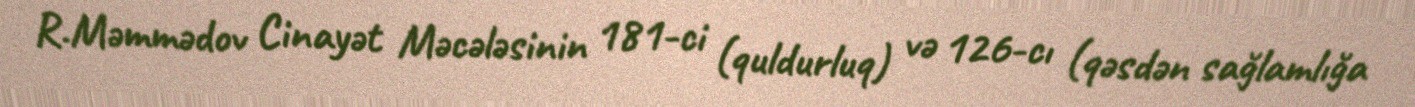
R.Məmmədov Cinayət Məcələsinin 181-ci (quldurluq) və 126-cı (qəsdən sağlamlığa